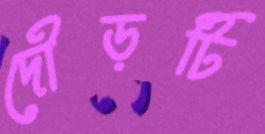
দৌড়টি